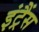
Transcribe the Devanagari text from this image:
इंट्रैंस